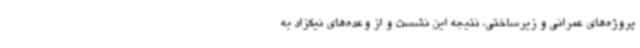
پروژه‌های عمرانی و زیرساختی، نتیجه این نشست و از وعده‌های نیکزاد به